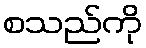
စသည်ကို